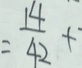
= \frac { 1 4 } { 4 2 } +